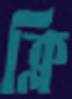
ক্লি